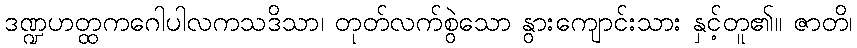
ဒဏ္ဍဟတ္ထကဂေါပါလကသဒိသာ၊ တုတ်လက်စွဲသော နွားကျောင်းသား နှင့်တူ၏။ ဇာတိ၊